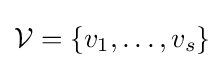
{\mathcal {V}}=\{v_{1},\ldots ,v_{s}\}